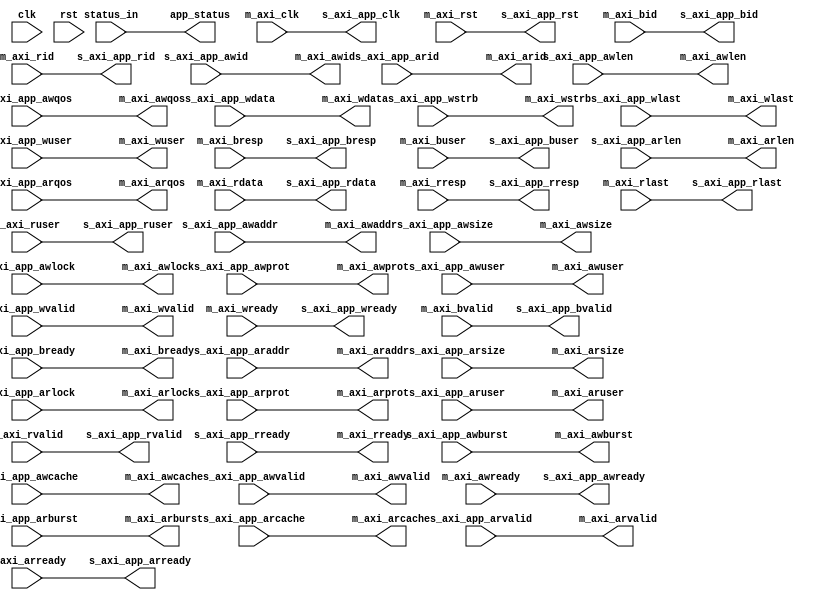
// SPDX-License-Identifier: BSD-2-Clause-Views
/*
 * Copyright (c) 2022-2023 The Regents of the University of California
 */

// Language: Verilog 2001

`resetall
`timescale 1ns / 1ps
`default_nettype none

/*
 * mqnic DRAM interface
 */
module mqnic_dram_if #
(
    // RAM configuration
    parameter CH = 1,
    parameter GROUP_SIZE = 1,
    parameter AXI_DATA_WIDTH = 256,
    parameter AXI_ADDR_WIDTH = 32,
    parameter AXI_STRB_WIDTH = (AXI_DATA_WIDTH/8),
    parameter AXI_ID_WIDTH = 8,
    parameter AXI_AWUSER_ENABLE = 0,
    parameter AXI_AWUSER_WIDTH = 1,
    parameter AXI_WUSER_ENABLE = 0,
    parameter AXI_WUSER_WIDTH = 1,
    parameter AXI_BUSER_ENABLE = 0,
    parameter AXI_BUSER_WIDTH = 1,
    parameter AXI_ARUSER_ENABLE = 0,
    parameter AXI_ARUSER_WIDTH = 1,
    parameter AXI_RUSER_ENABLE = 0,
    parameter AXI_RUSER_WIDTH = 1,
    parameter AXI_MAX_BURST_LEN = 256,
    parameter AXI_NARROW_BURST = 0,
    parameter AXI_FIXED_BURST = 0,
    parameter AXI_WRAP_BURST = 0
)
(
    input  wire                            clk,
    input  wire                            rst,

    /*
     * AXI to DRAM
     */
    input  wire [CH-1:0]                   m_axi_clk,
    input  wire [CH-1:0]                   m_axi_rst,

    output wire [CH*AXI_ID_WIDTH-1:0]      m_axi_awid,
    output wire [CH*AXI_ADDR_WIDTH-1:0]    m_axi_awaddr,
    output wire [CH*8-1:0]                 m_axi_awlen,
    output wire [CH*3-1:0]                 m_axi_awsize,
    output wire [CH*2-1:0]                 m_axi_awburst,
    output wire [CH-1:0]                   m_axi_awlock,
    output wire [CH*4-1:0]                 m_axi_awcache,
    output wire [CH*3-1:0]                 m_axi_awprot,
    output wire [CH*4-1:0]                 m_axi_awqos,
    output wire [CH*AXI_AWUSER_WIDTH-1:0]  m_axi_awuser,
    output wire [CH-1:0]                   m_axi_awvalid,
    input  wire [CH-1:0]                   m_axi_awready,
    output wire [CH*AXI_DATA_WIDTH-1:0]    m_axi_wdata,
    output wire [CH*AXI_STRB_WIDTH-1:0]    m_axi_wstrb,
    output wire [CH-1:0]                   m_axi_wlast,
    output wire [CH*AXI_WUSER_WIDTH-1:0]   m_axi_wuser,
    output wire [CH-1:0]                   m_axi_wvalid,
    input  wire [CH-1:0]                   m_axi_wready,
    input  wire [CH*AXI_ID_WIDTH-1:0]      m_axi_bid,
    input  wire [CH*2-1:0]                 m_axi_bresp,
    input  wire [CH*AXI_BUSER_WIDTH-1:0]   m_axi_buser,
    input  wire [CH-1:0]                   m_axi_bvalid,
    output wire [CH-1:0]                   m_axi_bready,
    output wire [CH*AXI_ID_WIDTH-1:0]      m_axi_arid,
    output wire [CH*AXI_ADDR_WIDTH-1:0]    m_axi_araddr,
    output wire [CH*8-1:0]                 m_axi_arlen,
    output wire [CH*3-1:0]                 m_axi_arsize,
    output wire [CH*2-1:0]                 m_axi_arburst,
    output wire [CH-1:0]                   m_axi_arlock,
    output wire [CH*4-1:0]                 m_axi_arcache,
    output wire [CH*3-1:0]                 m_axi_arprot,
    output wire [CH*4-1:0]                 m_axi_arqos,
    output wire [CH*AXI_ARUSER_WIDTH-1:0]  m_axi_aruser,
    output wire [CH-1:0]                   m_axi_arvalid,
    input  wire [CH-1:0]                   m_axi_arready,
    input  wire [CH*AXI_ID_WIDTH-1:0]      m_axi_rid,
    input  wire [CH*AXI_DATA_WIDTH-1:0]    m_axi_rdata,
    input  wire [CH*2-1:0]                 m_axi_rresp,
    input  wire [CH-1:0]                   m_axi_rlast,
    input  wire [CH*AXI_RUSER_WIDTH-1:0]   m_axi_ruser,
    input  wire [CH-1:0]                   m_axi_rvalid,
    output wire [CH-1:0]                   m_axi_rready,

    input  wire [CH-1:0]                   status_in,

    /*
     * AXI to application
     */
    output wire [CH-1:0]                   s_axi_app_clk,
    output wire [CH-1:0]                   s_axi_app_rst,

    input  wire [CH*AXI_ID_WIDTH-1:0]      s_axi_app_awid,
    input  wire [CH*AXI_ADDR_WIDTH-1:0]    s_axi_app_awaddr,
    input  wire [CH*8-1:0]                 s_axi_app_awlen,
    input  wire [CH*3-1:0]                 s_axi_app_awsize,
    input  wire [CH*2-1:0]                 s_axi_app_awburst,
    input  wire [CH-1:0]                   s_axi_app_awlock,
    input  wire [CH*4-1:0]                 s_axi_app_awcache,
    input  wire [CH*3-1:0]                 s_axi_app_awprot,
    input  wire [CH*4-1:0]                 s_axi_app_awqos,
    input  wire [CH*AXI_AWUSER_WIDTH-1:0]  s_axi_app_awuser,
    input  wire [CH-1:0]                   s_axi_app_awvalid,
    output wire [CH-1:0]                   s_axi_app_awready,
    input  wire [CH*AXI_DATA_WIDTH-1:0]    s_axi_app_wdata,
    input  wire [CH*AXI_STRB_WIDTH-1:0]    s_axi_app_wstrb,
    input  wire [CH-1:0]                   s_axi_app_wlast,
    input  wire [CH*AXI_WUSER_WIDTH-1:0]   s_axi_app_wuser,
    input  wire [CH-1:0]                   s_axi_app_wvalid,
    output wire [CH-1:0]                   s_axi_app_wready,
    output wire [CH*AXI_ID_WIDTH-1:0]      s_axi_app_bid,
    output wire [CH*2-1:0]                 s_axi_app_bresp,
    output wire [CH*AXI_BUSER_WIDTH-1:0]   s_axi_app_buser,
    output wire [CH-1:0]                   s_axi_app_bvalid,
    input  wire [CH-1:0]                   s_axi_app_bready,
    input  wire [CH*AXI_ID_WIDTH-1:0]      s_axi_app_arid,
    input  wire [CH*AXI_ADDR_WIDTH-1:0]    s_axi_app_araddr,
    input  wire [CH*8-1:0]                 s_axi_app_arlen,
    input  wire [CH*3-1:0]                 s_axi_app_arsize,
    input  wire [CH*2-1:0]                 s_axi_app_arburst,
    input  wire [CH-1:0]                   s_axi_app_arlock,
    input  wire [CH*4-1:0]                 s_axi_app_arcache,
    input  wire [CH*3-1:0]                 s_axi_app_arprot,
    input  wire [CH*4-1:0]                 s_axi_app_arqos,
    input  wire [CH*AXI_ARUSER_WIDTH-1:0]  s_axi_app_aruser,
    input  wire [CH-1:0]                   s_axi_app_arvalid,
    output wire [CH-1:0]                   s_axi_app_arready,
    output wire [CH*AXI_ID_WIDTH-1:0]      s_axi_app_rid,
    output wire [CH*AXI_DATA_WIDTH-1:0]    s_axi_app_rdata,
    output wire [CH*2-1:0]                 s_axi_app_rresp,
    output wire [CH-1:0]                   s_axi_app_rlast,
    output wire [CH*AXI_RUSER_WIDTH-1:0]   s_axi_app_ruser,
    output wire [CH-1:0]                   s_axi_app_rvalid,
    input  wire [CH-1:0]                   s_axi_app_rready,

    output wire [CH-1:0]                   app_status
);

generate

genvar n;

    for (n = 0; n < CH; n = n + 1) begin : ch

        wire ch_clk = m_axi_clk[n];
        wire ch_rst = m_axi_rst[n];

        wire [AXI_ID_WIDTH-1:0]      axi_ch_awid;
        wire [AXI_ADDR_WIDTH-1:0]    axi_ch_awaddr;
        wire [7:0]                   axi_ch_awlen;
        wire [2:0]                   axi_ch_awsize;
        wire [1:0]                   axi_ch_awburst;
        wire                         axi_ch_awlock;
        wire [3:0]                   axi_ch_awcache;
        wire [2:0]                   axi_ch_awprot;
        wire [3:0]                   axi_ch_awqos;
        wire [AXI_AWUSER_WIDTH-1:0]  axi_ch_awuser;
        wire                         axi_ch_awvalid;
        wire                         axi_ch_awready;
        wire [AXI_DATA_WIDTH-1:0]    axi_ch_wdata;
        wire [AXI_STRB_WIDTH-1:0]    axi_ch_wstrb;
        wire                         axi_ch_wlast;
        wire [AXI_WUSER_WIDTH-1:0]   axi_ch_wuser;
        wire                         axi_ch_wvalid;
        wire                         axi_ch_wready;
        wire [AXI_ID_WIDTH-1:0]      axi_ch_bid;
        wire [1:0]                   axi_ch_bresp;
        wire [AXI_BUSER_WIDTH-1:0]   axi_ch_buser;
        wire                         axi_ch_bvalid;
        wire                         axi_ch_bready;
        wire [AXI_ID_WIDTH-1:0]      axi_ch_arid;
        wire [AXI_ADDR_WIDTH-1:0]    axi_ch_araddr;
        wire [7:0]                   axi_ch_arlen;
        wire [2:0]                   axi_ch_arsize;
        wire [1:0]                   axi_ch_arburst;
        wire                         axi_ch_arlock;
        wire [3:0]                   axi_ch_arcache;
        wire [2:0]                   axi_ch_arprot;
        wire [3:0]                   axi_ch_arqos;
        wire [AXI_ARUSER_WIDTH-1:0]  axi_ch_aruser;
        wire                         axi_ch_arvalid;
        wire                         axi_ch_arready;
        wire [AXI_ID_WIDTH-1:0]      axi_ch_rid;
        wire [AXI_DATA_WIDTH-1:0]    axi_ch_rdata;
        wire [1:0]                   axi_ch_rresp;
        wire                         axi_ch_rlast;
        wire [AXI_RUSER_WIDTH-1:0]   axi_ch_ruser;
        wire                         axi_ch_rvalid;
        wire                         axi_ch_rready;

        wire ch_status = status_in[n];

        assign m_axi_awid[n*AXI_ID_WIDTH +: AXI_ID_WIDTH] = axi_ch_awid;
        assign m_axi_awaddr[n*AXI_ADDR_WIDTH +: AXI_ADDR_WIDTH] = axi_ch_awaddr;
        assign m_axi_awlen[n*8 +: 8] = axi_ch_awlen;
        assign m_axi_awsize[n*3 +: 3] = axi_ch_awsize;
        assign m_axi_awburst[n*2 +: 2] = axi_ch_awburst;
        assign m_axi_awlock[n*1 +: 1] = axi_ch_awlock;
        assign m_axi_awcache[n*4 +: 4] = axi_ch_awcache;
        assign m_axi_awprot[n*3 +: 3] = axi_ch_awprot;
        assign m_axi_awqos[n*4 +: 4] = axi_ch_awqos;
        assign m_axi_awuser[n*AXI_AWUSER_WIDTH +: AXI_AWUSER_WIDTH] = axi_ch_awuser;
        assign m_axi_awvalid[n*1 +: 1] = axi_ch_awvalid;
        assign axi_ch_awready = m_axi_awready[n*1 +: 1];
        assign m_axi_wdata[n*AXI_DATA_WIDTH +: AXI_DATA_WIDTH] = axi_ch_wdata;
        assign m_axi_wstrb[n*AXI_STRB_WIDTH +: AXI_STRB_WIDTH] = axi_ch_wstrb;
        assign m_axi_wlast[n*1 +: 1] = axi_ch_wlast;
        assign m_axi_wuser[n*AXI_WUSER_WIDTH +: AXI_WUSER_WIDTH] = axi_ch_wuser;
        assign m_axi_wvalid[n*1 +: 1] = axi_ch_wvalid;
        assign axi_ch_wready = m_axi_wready[n*1 +: 1];
        assign axi_ch_bid = m_axi_bid[n*AXI_ID_WIDTH +: AXI_ID_WIDTH];
        assign axi_ch_bresp = m_axi_bresp[n*2 +: 2];
        assign axi_ch_buser = m_axi_buser[n*AXI_BUSER_WIDTH +: AXI_BUSER_WIDTH];
        assign axi_ch_bvalid = m_axi_bvalid[n*1 +: 1];
        assign m_axi_bready[n*1 +: 1] = axi_ch_bready;
        assign m_axi_arid[n*AXI_ID_WIDTH +: AXI_ID_WIDTH] = axi_ch_arid;
        assign m_axi_araddr[n*AXI_ADDR_WIDTH +: AXI_ADDR_WIDTH] = axi_ch_araddr;
        assign m_axi_arlen[n*8 +: 8] = axi_ch_arlen;
        assign m_axi_arsize[n*3 +: 3] = axi_ch_arsize;
        assign m_axi_arburst[n*2 +: 2] = axi_ch_arburst;
        assign m_axi_arlock[n*1 +: 1] = axi_ch_arlock;
        assign m_axi_arcache[n*4 +: 4] = axi_ch_arcache;
        assign m_axi_arprot[n*3 +: 3] = axi_ch_arprot;
        assign m_axi_arqos[n*4 +: 4] = axi_ch_arqos;
        assign m_axi_aruser[n*AXI_ARUSER_WIDTH +: AXI_ARUSER_WIDTH] = axi_ch_aruser;
        assign m_axi_arvalid[n*1 +: 1] = axi_ch_arvalid;
        assign axi_ch_arready = m_axi_arready[n*1 +: 1];
        assign axi_ch_rid = m_axi_rid[n*AXI_ID_WIDTH +: AXI_ID_WIDTH];
        assign axi_ch_rdata = m_axi_rdata[n*AXI_DATA_WIDTH +: AXI_DATA_WIDTH];
        assign axi_ch_rresp = m_axi_rresp[n*2 +: 2];
        assign axi_ch_rlast = m_axi_rlast[n*1 +: 1];
        assign axi_ch_ruser = m_axi_ruser[n*AXI_RUSER_WIDTH +: AXI_RUSER_WIDTH];
        assign axi_ch_rvalid = m_axi_rvalid[n*1 +: 1];
        assign m_axi_rready[n*1 +: 1] = axi_ch_rready;

        assign s_axi_app_clk[n] = ch_clk;
        assign s_axi_app_rst[n] = ch_rst;

        assign axi_ch_awid = s_axi_app_awid[n*AXI_ID_WIDTH +: AXI_ID_WIDTH];
        assign axi_ch_awaddr = s_axi_app_awaddr[n*AXI_ADDR_WIDTH +: AXI_ADDR_WIDTH];
        assign axi_ch_awlen = s_axi_app_awlen[n*8 +: 8];
        assign axi_ch_awsize = s_axi_app_awsize[n*3 +: 3];
        assign axi_ch_awburst = s_axi_app_awburst[n*2 +: 2];
        assign axi_ch_awlock = s_axi_app_awlock[n*1 +: 1];
        assign axi_ch_awcache = s_axi_app_awcache[n*4 +: 4];
        assign axi_ch_awprot = s_axi_app_awprot[n*3 +: 3];
        assign axi_ch_awqos = s_axi_app_awqos[n*4 +: 4];
        assign axi_ch_awuser = s_axi_app_awuser[n*AXI_AWUSER_WIDTH +: AXI_AWUSER_WIDTH];
        assign axi_ch_awvalid = s_axi_app_awvalid[n*1 +: 1];
        assign s_axi_app_awready[n*1 +: 1] = axi_ch_awready;
        assign axi_ch_wdata = s_axi_app_wdata[n*AXI_DATA_WIDTH +: AXI_DATA_WIDTH];
        assign axi_ch_wstrb = s_axi_app_wstrb[n*AXI_STRB_WIDTH +: AXI_STRB_WIDTH];
        assign axi_ch_wlast = s_axi_app_wlast[n*1 +: 1];
        assign axi_ch_wuser = s_axi_app_wuser[n*AXI_WUSER_WIDTH +: AXI_WUSER_WIDTH];
        assign axi_ch_wvalid = s_axi_app_wvalid[n*1 +: 1];
        assign s_axi_app_wready[n*1 +: 1] = axi_ch_wready;
        assign s_axi_app_bid[n*AXI_ID_WIDTH +: AXI_ID_WIDTH] = axi_ch_bid;
        assign s_axi_app_bresp[n*2 +: 2] = axi_ch_bresp;
        assign s_axi_app_buser[n*AXI_BUSER_WIDTH +: AXI_BUSER_WIDTH] = axi_ch_buser;
        assign s_axi_app_bvalid[n*1 +: 1] = axi_ch_bvalid;
        assign axi_ch_bready = s_axi_app_bready[n*1 +: 1];
        assign axi_ch_arid = s_axi_app_arid[n*AXI_ID_WIDTH +: AXI_ID_WIDTH];
        assign axi_ch_araddr = s_axi_app_araddr[n*AXI_ADDR_WIDTH +: AXI_ADDR_WIDTH];
        assign axi_ch_arlen = s_axi_app_arlen[n*8 +: 8];
        assign axi_ch_arsize = s_axi_app_arsize[n*3 +: 3];
        assign axi_ch_arburst = s_axi_app_arburst[n*2 +: 2];
        assign axi_ch_arlock = s_axi_app_arlock[n*1 +: 1];
        assign axi_ch_arcache = s_axi_app_arcache[n*4 +: 4];
        assign axi_ch_arprot = s_axi_app_arprot[n*3 +: 3];
        assign axi_ch_arqos = s_axi_app_arqos[n*4 +: 4];
        assign axi_ch_aruser = s_axi_app_aruser[n*AXI_ARUSER_WIDTH +: AXI_ARUSER_WIDTH];
        assign axi_ch_arvalid = s_axi_app_arvalid[n*1 +: 1];
        assign s_axi_app_arready[n*1 +: 1] = axi_ch_arready;
        assign s_axi_app_rid[n*AXI_ID_WIDTH +: AXI_ID_WIDTH] = axi_ch_rid;
        assign s_axi_app_rdata[n*AXI_DATA_WIDTH +: AXI_DATA_WIDTH] = axi_ch_rdata;
        assign s_axi_app_rresp[n*2 +: 2] = axi_ch_rresp;
        assign s_axi_app_rlast[n*1 +: 1] = axi_ch_rlast;
        assign s_axi_app_ruser[n*AXI_RUSER_WIDTH +: AXI_RUSER_WIDTH] = axi_ch_ruser;
        assign s_axi_app_rvalid[n*1 +: 1] = axi_ch_rvalid;
        assign axi_ch_rready = s_axi_app_rready[n*1 +: 1];

        assign app_status[n] = ch_status;

    end

endgenerate

endmodule

`resetall